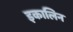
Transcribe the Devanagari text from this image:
इकालिन